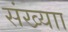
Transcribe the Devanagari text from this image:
संख्याा